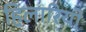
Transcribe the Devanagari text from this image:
हिलारियो